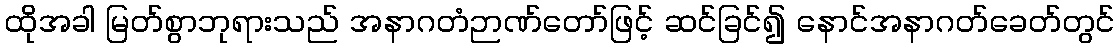
ထိုအခါ မြတ်စွာဘုရားသည် အနာဂတံဉာဏ်တော်ဖြင့် ဆင်ခြင်၍ နောင်အနာဂတ်ခေတ်တွင်